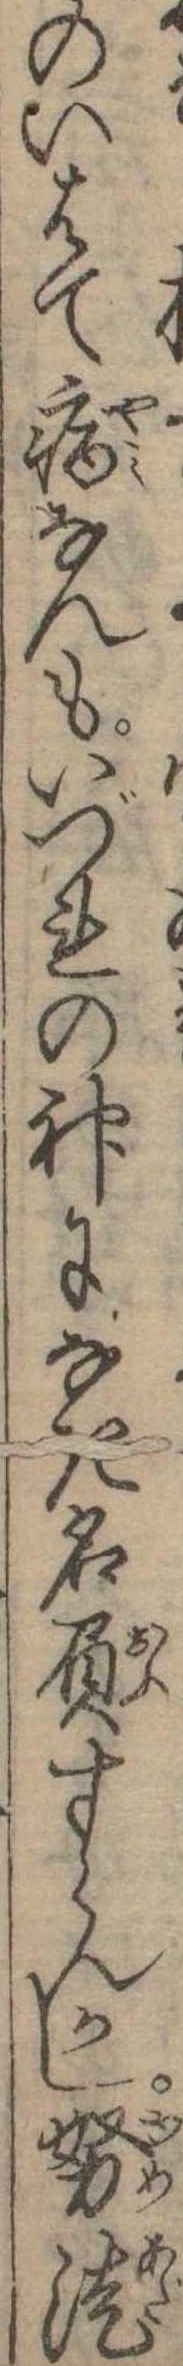
のいはて病なんもいづれの神になき名負すらんかし努徒